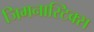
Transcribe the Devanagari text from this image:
जिमनास्टिक्‍स